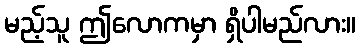
မည့်သူ ဤလောကမှာ ရှိပါမည်လား။